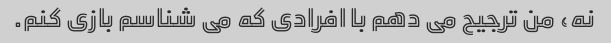
نه، من ترجیح می دهم با افرادی که می شناسم بازی کنم.